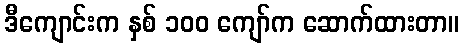
ဒီကျောင်းက နှစ် ၁၀၀ ကျော်က ဆောက်ထားတာ။